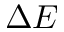
\Delta E